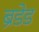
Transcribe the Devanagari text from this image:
ब्रँडेड